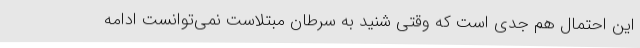
این احتمال هم جدی است که وقتی شنید به سرطان مبتلاست نمی‌توانست ادامه